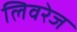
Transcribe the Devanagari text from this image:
लिवरेज